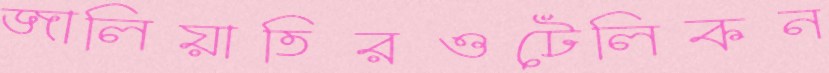
জালিয়াতিরওটেলিকন